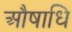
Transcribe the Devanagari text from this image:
औषाधि